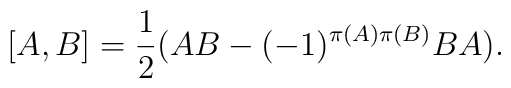
[A,B] = \frac{1}{2}(AB - (-1)^{\pi(A)\pi(B)}BA).